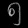
Digit: ၅